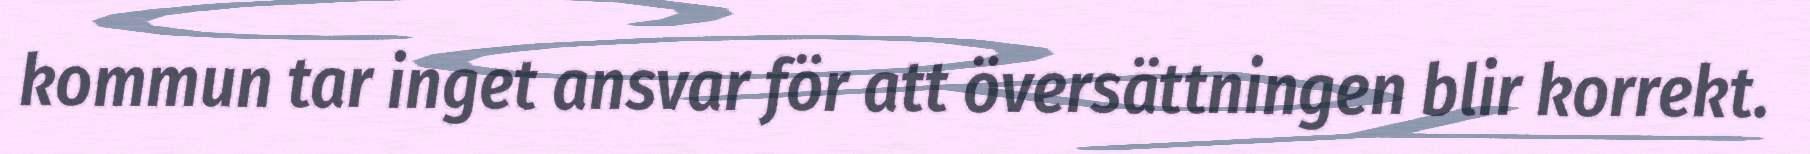
kommun tar inget ansvar för att översättningen blir korrekt.